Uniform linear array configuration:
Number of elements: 64
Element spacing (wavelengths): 0.75
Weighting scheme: uniform
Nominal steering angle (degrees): -45
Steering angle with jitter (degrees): -44.251
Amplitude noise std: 0.05
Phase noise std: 0.05

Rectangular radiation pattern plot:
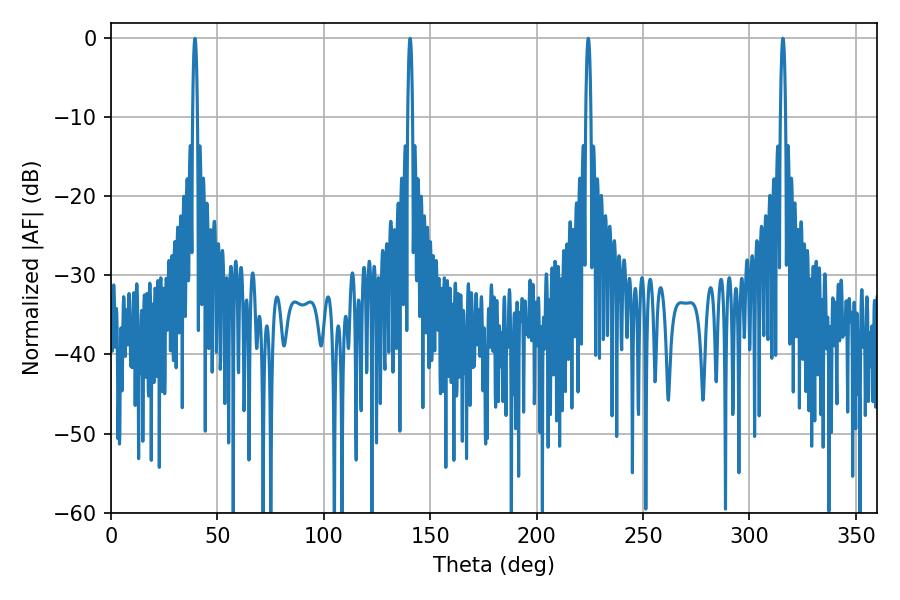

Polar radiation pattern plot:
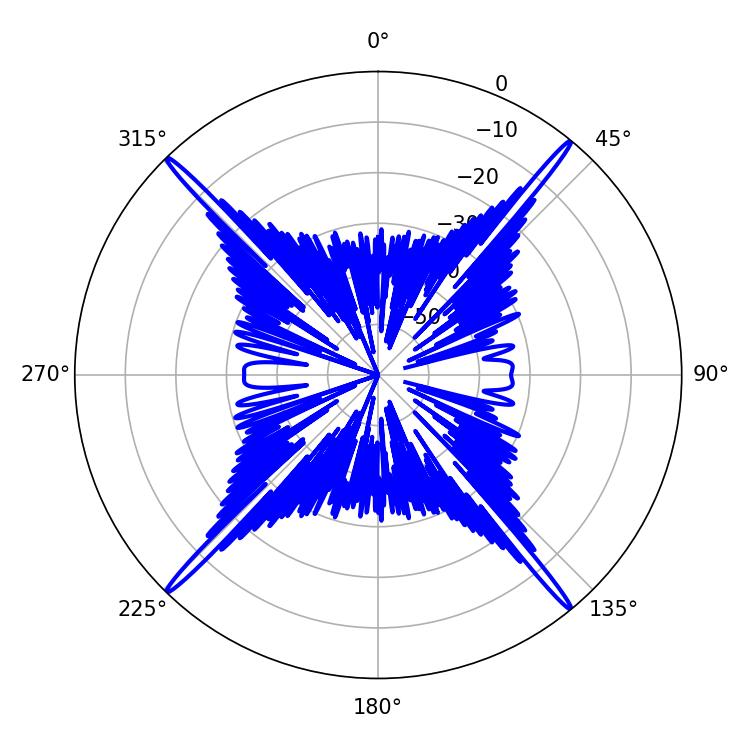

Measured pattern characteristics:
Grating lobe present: TRUE
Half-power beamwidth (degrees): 1.44
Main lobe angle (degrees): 315.72